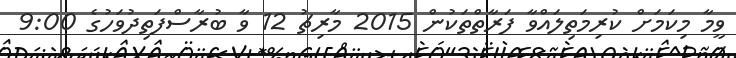
ވީމާ މިކަމަށް ކުރިމަތިލައްވާ ފަރާތްތަކުން 2015 މާރިޗު 12 ވާ ބުރާސްފަތިދުވަހުގެ 9:00